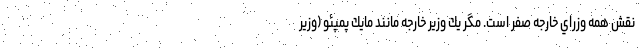
نقش همه وزراي خارجه صفر است. مگر يك وزير خارجه مانند مايك پمپئو (وزير